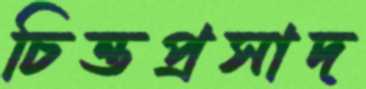
চিত্তপ্রসাদ